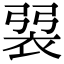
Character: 𧙭